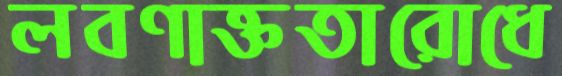
লবণাক্ততারোধে